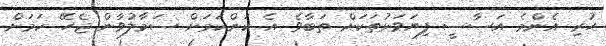
ހުރި އެންމެ އަސާސީ ފިޔަވަޅުތަކަށް ތަބާވެ އެ ކަންކަމަށް ސަމާލުވާން ޖެހޭ ކަމަށް